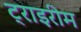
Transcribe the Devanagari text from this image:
ट्राइरीम